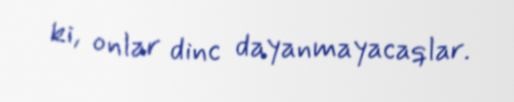
ki, onlar dinc dayanmayacaqlar.